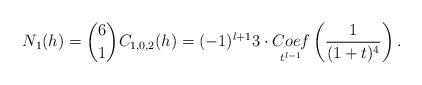
LaTeX: \begin{align*}N_{1}(h)= \binom{6}{1}C_{1,0,2}(h)=(-1)^{l+1}3\cdot\underset{t^{l-1}}{Coef}\left(\frac{1}{(1+t)^{4}}\right).\end{align*}